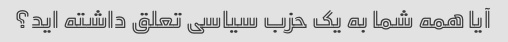
آیا همه شما به یک حزب سیاسی تعلق داشته اید؟